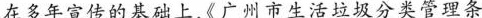
在多年宣传的基础上,《广州市生活垃圾分类管理条